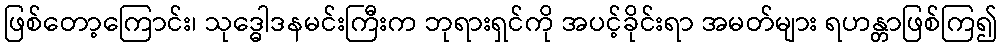
ဖြစ်တော့ကြောင်း၊ သုဒ္ဓေါဒနမင်းကြီးက ဘုရားရှင်ကို အပင့်ခိုင်းရာ အမတ်များ ရဟန္တာဖြစ်ကြ၍